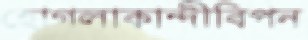
হোগলাকান্দীবিপন